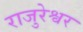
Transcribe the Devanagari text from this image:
राजुरेश्वर